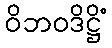
ဝိဘဝဒိဋ္ဌိံ